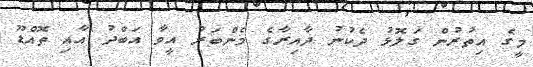
މީގެ އިތުރުން ގަލޮޅު ދެކުނު ދާއިރާގެ މެންބަރު އީވާ އަބްދު އާއި ތޮއްޑޫ